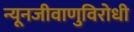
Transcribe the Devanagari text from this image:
न्यूनजीवाणुविरोधी